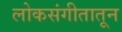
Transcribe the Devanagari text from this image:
लोकसंगीतातून